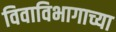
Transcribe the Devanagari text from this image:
विवाविभागाच्या